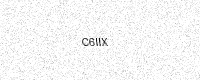
Text: C6IIX